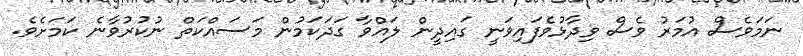
ނަމަވެސް އުމަރު ވެސް ވިދާޅުވެފައިވަނީ ގައިދީން ލައްވާ ގަދަކަމުން މަސައްކަތް ނުކުރުވާނެ ކަމަށެވެ.